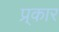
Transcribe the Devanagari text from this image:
प्र्कार